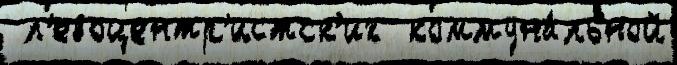
 л'евоцентр'истск'их  коммуна́льной